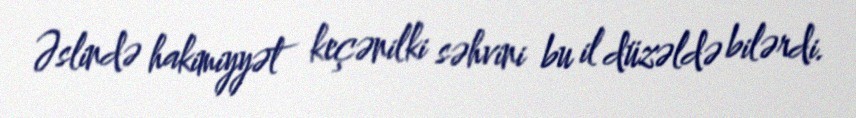
Əslində hakimiyyət keçənilki səhvini bu il düzəldə bilərdi.